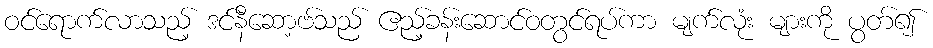
ဝင်ရောက်လာသည့် ဒင်နီဆော့ဗ်သည် ဧည့်ခန်းဆောင်ဝတွင်ရပ်ကာ မျက်လုံး များကို ပွတ်၍